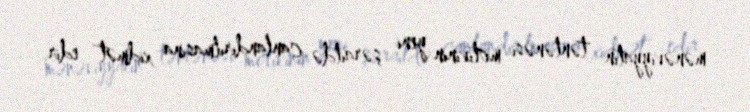
mənəviyyatın təntənəsi motivinin yeni şəraitdə canlandırılmasına xidmət edir.